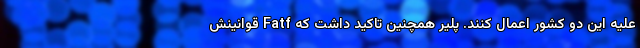
علیه این دو کشور اعمال کنند. پلیر همچنین تاکید داشت که Fatf قوانینش